Annual administration and progress report of the Indian Medical Department, Bombay
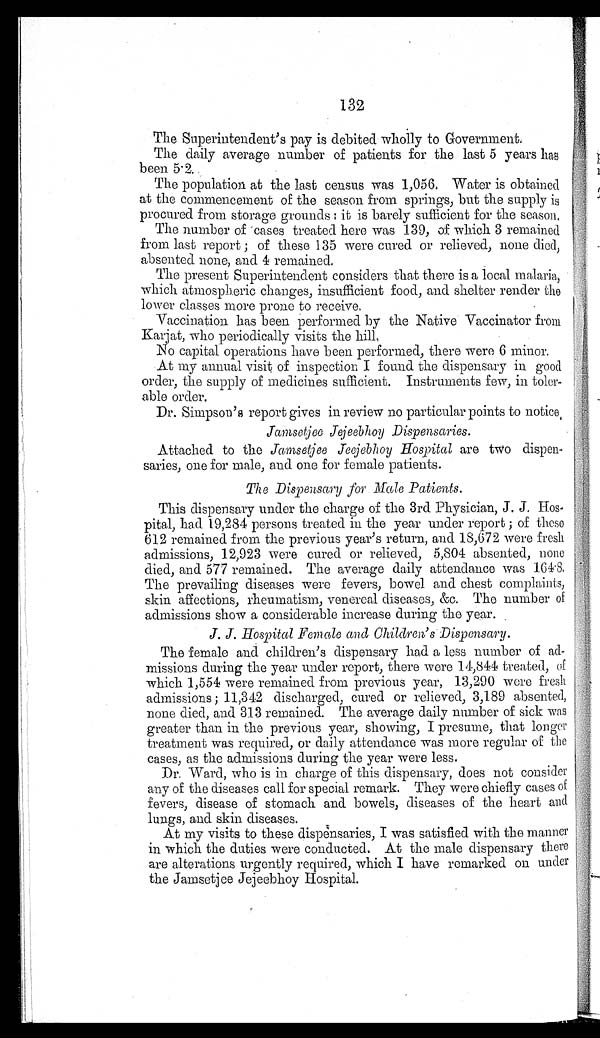
132
The Superintendent's pay is debited wholly to Government.
The daily average number of patients for the last 5 years has
been 5.2.
The population at the last census was 1,056. Water is obtained
at the commencement of the season from springs, but the supply is
procured from storage grounds : it is barely sufficient for the season.
The number of cases treated here was 139, of which 3 remained
from last report ; of these 135 were cured or relieved, none died,
absented none, and 4 remained.
The present Superintendent considers that there is a local malaria,
which atmospheric changes, insufficient food, and shelter render the
lower classes more prone to receive,
Vaccination has been performed by the Native Vaccinator from
Karjat, who periodically visits the hill,
No capital operations have been performed, there were 6 minor.
At my annual visit of inspection I found the dispensary in good
order, the supply of medicines sufficient. Instruments few, in toler-
able order.
Dr. Simpson's report gives in review no particular points to notice,
Jamsetjee Jejeebhoy Dispensaries.
Attached to the Jamsetjee Jeejebhoy Hospital are two dispen-
saries, one for male, and one for female patients.
The Dispensary for Male Patients.
This dispensary under the charge of the 3rd Physician, J. J. Hos-
pital, had 19,284 persons treated in the year under report ; of these
612 remained from the previous year's return, and 18,672 were fresh
admissions, 12,923 were cured or relieved, 5,804 absented, none
died, and 577 remained. The average daily attendance was 161 . 8 ,
The prevailing diseases were fevers, bowel and chest complaints,
skin affections, rheumatism, venereal diseases, &c. The number of
admissions show a considerable increase during the year.
J. J. Hospital Female and Children's . Dispensary.
The female and children's dispensary had a less number of ad-
missions during the year under report, there were 14,844 treated, of
which 1,554 were remained from previous year, 13,290 were fresh
admissions ; 11,342 discharged, cured or relieved, 3,189 absented,
none died, and 313 remained. The average daily number of sick was
greater than in the previous year, showing, I presume, that longer
treatment was required, or daily attendance was more regular of the
cases, as the admissions during the year were less.
Dr. Ward, who is in charge of this dispensary, does not consider
any of the diseases call for special remark. They were chiefly cases of
fevers, disease of stomach and bowels, diseases of the heart and
lungs, and skin diseases.
At my visits to these dispensaries, I was satisfied with the manner
in which the duties were conducted. At the male dispensary there
are alterations urgently required, which I have remarked on under
the Jamsetjee Jejeebhoy Hospital.